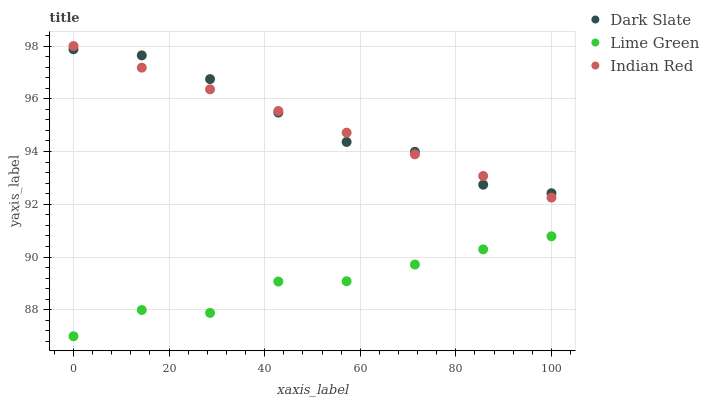
| xaxis_label | Dark Slate | Lime Green | Indian Red |
 | --- | --- | --- | --- |
 | 0 | 97.9 | 87 | 98 |
 | 14.3 | 97.6 | 88 | 97.2 |
 | 28.6 | 96.7 | 87.9 | 96.4 |
 | 42.9 | 95.5 | 89.1 | 95.5 |
 | 57.1 | 94.4 | 89.1 | 94.7 |
 | 71.4 | 94 | 89.7 | 93.9 |
 | 85.7 | 92.7 | 90.3 | 93.1 |
 | 100 | 92.4 | 90.8 | 92.3 |